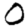
Digit: 0